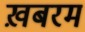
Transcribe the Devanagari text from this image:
ख़बरम